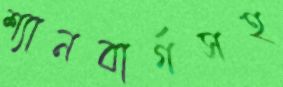
শ্যানবার্গসহ